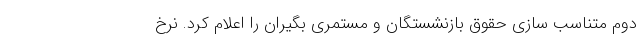
دوم متناسب سازی حقوق بازنشستگان و مستمری بگیران را اعلام کرد. نرخ